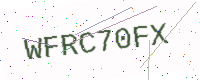
Text: WFRC70FX